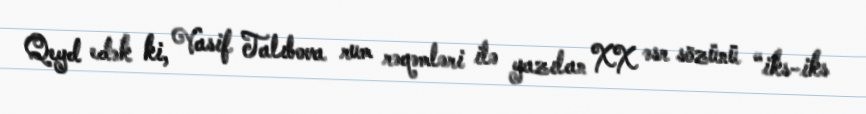
Qeyd edək ki, Vasif Talıbova rum rəqəmləri ilə yazılan XX əsr sözünü “iks-iks